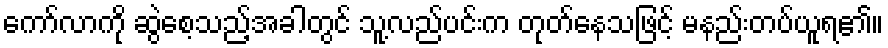
ကော်လာကို ဆွဲစေ့သည့်အခါတွင် သူ့လည်ပင်းက တုတ်နေသဖြင့် မနည်းတပ်ယူရ၏။